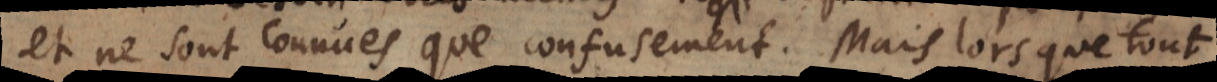
et ne sont connues que confusement. Mais lors que tout